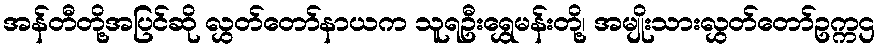
အန်တီတို့အပြင်ဆို လွှတ်တော်နာယက သူရဦးရွှေမန်းတို့၊ အမျိုးသားလွှတ်တော်ဥက္ကဌ